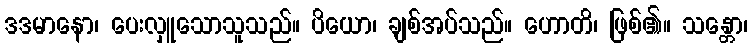
ဒဒမာနော၊ ပေးလှူသောသူသည်။ ပိယော၊ ချစ်အပ်သည်။ ဟောတိ၊ ဖြစ်၏။ သန္တော၊